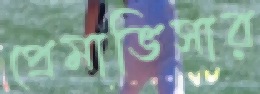
প্রেমাভিসার